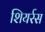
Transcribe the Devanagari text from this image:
शियर्रस